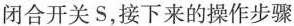
闭合开关S，接下来的操作步骤